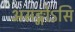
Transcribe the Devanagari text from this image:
असङ्गोऽसि